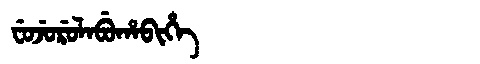
Manchu: ᠸᡠᠵᡠᡵᡠᠯᠠᠪᡠᡥᠠᠪᡳᡥᡝ
Romanization: FUJURULABUHABIHE